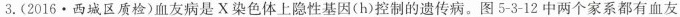
3.(2016·西城区质检)血友病是X染色体上隐性基因(h)控制的遗传病。图5-3-12中两个家系都有血友